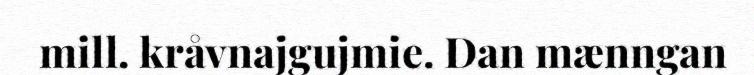
mill. kråvnajgujmie. Dan mænngan